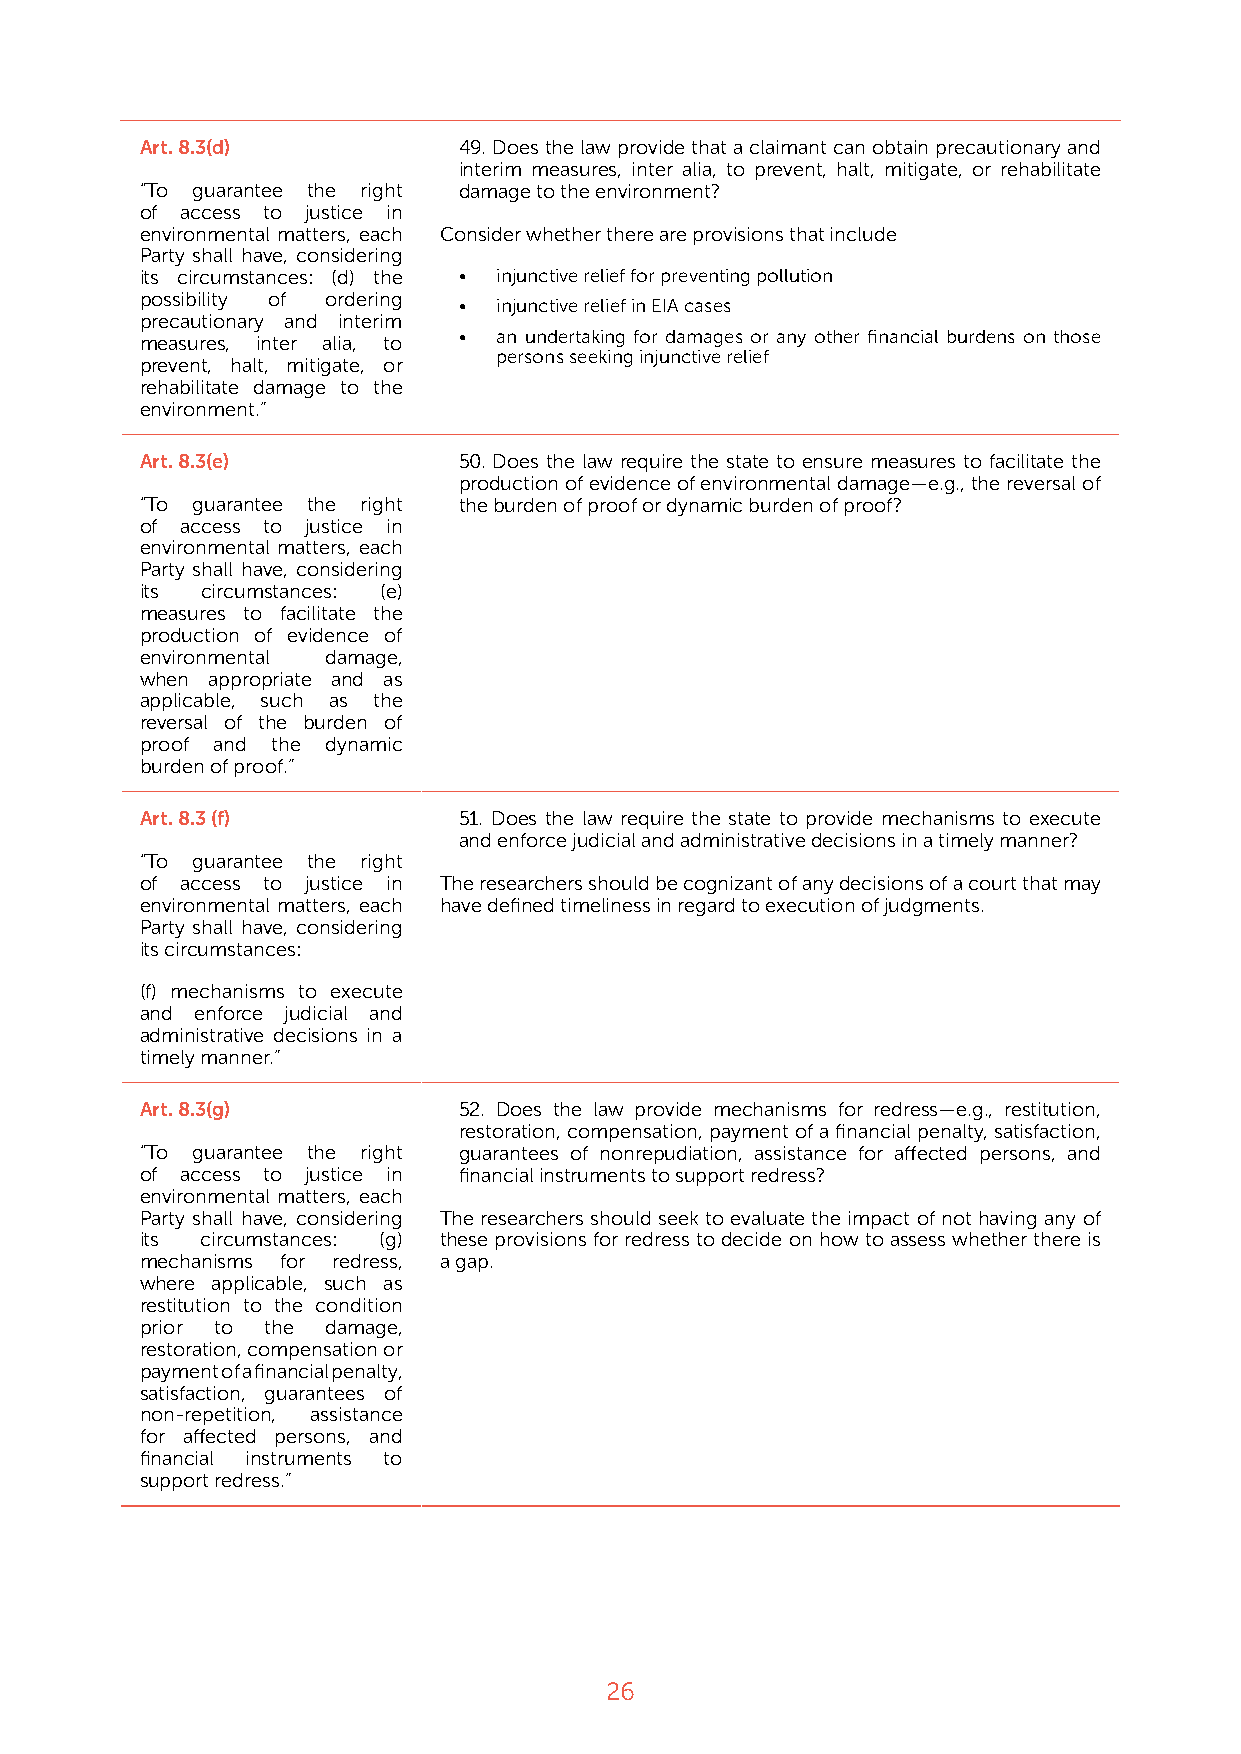
Art. 8.3(d)          49. Does the law provide that a claimant can obtain precautionary and
 interim measures, inter alia, to prevent, halt, mitigate, or rehabilitate
 “To guarantee the right damage to the environment?
 of access to justice in
 environmental matters, each Consider whether there are provisions that include
 Party shall have, considering
 its circumstances: (d) the • injunctive relief for preventing pollution
 possibility of ordering
 •  injunctive relief in EIA cases
 precautionary and interim
 •  an undertaking for damages or any other financial burdens on those
 measures, inter alia, to
 persons seeking injunctive relief
 prevent, halt, mitigate, or
 rehabilitate damage to the
 environment.”
 Art. 8.3(e)          50. Does the law require the state to ensure measures to facilitate the
 production of evidence of environmental damage—e.g., the reversal of
 “To guarantee the right the burden of proof or dynamic burden of proof?
 of access to justice in
 environmental matters, each
 Party shall have, considering
 its circumstances: (e)
 measures to facilitate the
 production of evidence of
 environmental damage,
 when appropriate and as
 applicable, such as the
 reversal of the burden of
 proof and the dynamic
 burden of proof.”
 Art. 8.3 (f)         51. Does the law require the state to provide mechanisms to execute
 and enforce judicial and administrative decisions in a timely manner?
 “To guarantee the right
 of access to justice in The researchers should be cognizant of any decisions of a court that may
 environmental matters, each have defined timeliness in regard to execution of judgments.
 Party shall have, considering
 its circumstances:
 (f) mechanisms to execute
 and enforce judicial and
 administrative decisions in a
 timely manner.”
 Art. 8.3(g)          52. Does the law provide mechanisms for redress—e.g., restitution,
 restoration, compensation, payment of a financial penalty, satisfaction,
 “To guarantee the right guarantees of nonrepudiation, assistance for affected persons, and
 of access to justice in financial instruments to support redress?
 environmental matters, each
 Party shall have, considering The researchers should seek to evaluate the impact of not having any of
 its circumstances: (g) these provisions for redress to decide on how to assess whether there is
 mechanisms for redress, a gap.
 where applicable, such as
 restitution to the condition
 prior to the damage,
 restoration, compensation or
 payment of a financial penalty,
 satisfaction, guarantees of
 non-repetition, assistance
 for affected persons, and
 financial instruments to
 support redress.”
 26